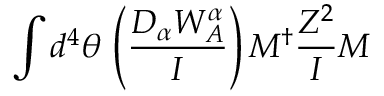
\int d ^ { 4 } \theta \, \left( \frac { D _ { \alpha } W _ { A } ^ { \alpha } } { I } \right) { M } ^ { \dagger } { \frac { Z ^ { 2 } } { I } } { M }